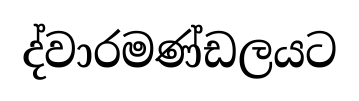
ද්වාරමණ්ඩලයට